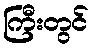
ကြီးတွင်